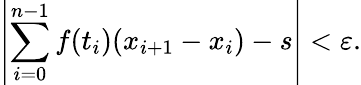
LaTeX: \left|\sum_{i=0}^{n-1}f(t_{i})(x_{i+1}-x_{i})-s\right|<\varepsilon.